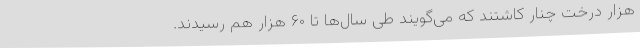
هزار درخت چنار کاشتند که می‌گویند طی سال‌ها تا ۶۰ هزار هم رسیدند.